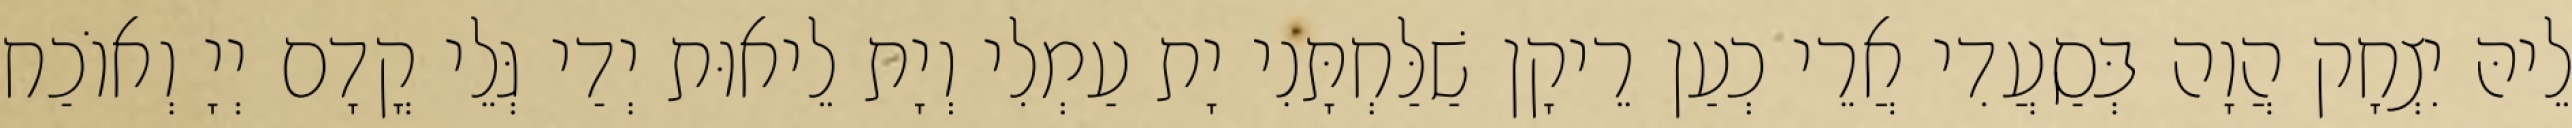
לֵיהּ יִצְחָק הֲוָה בְּסַעֲדִי אֲרֵי כְעַן רֵיקָן שַׁלַּחְתָּנִי יָת עַמְלִי וְיָת לֵיאוּת יְדַי גְּלֵי קֳדָם יְיָ וְאוֹכַח